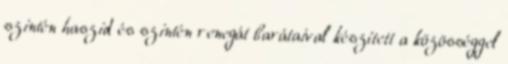
szintén haszid és szintén renegát barátaival készített a közösséggel